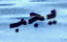
يجب